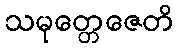
သမုတ္တေဇေတိ